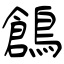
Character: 鶬